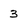
Character: 3